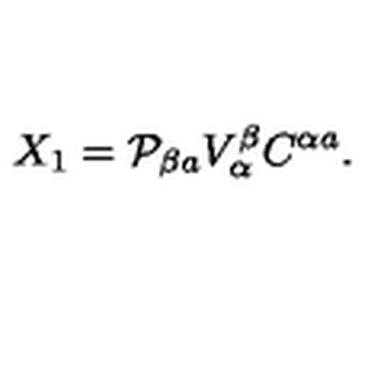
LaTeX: X _ { 1 } = { \cal P } _ { \beta a } V _ { \alpha } ^ { \beta } C ^ { \alpha a } .